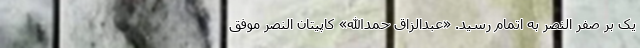
یک بر صفر النصر به اتمام رسید. «عبدالزاق حمدالله» کاپیتان النصر موفق